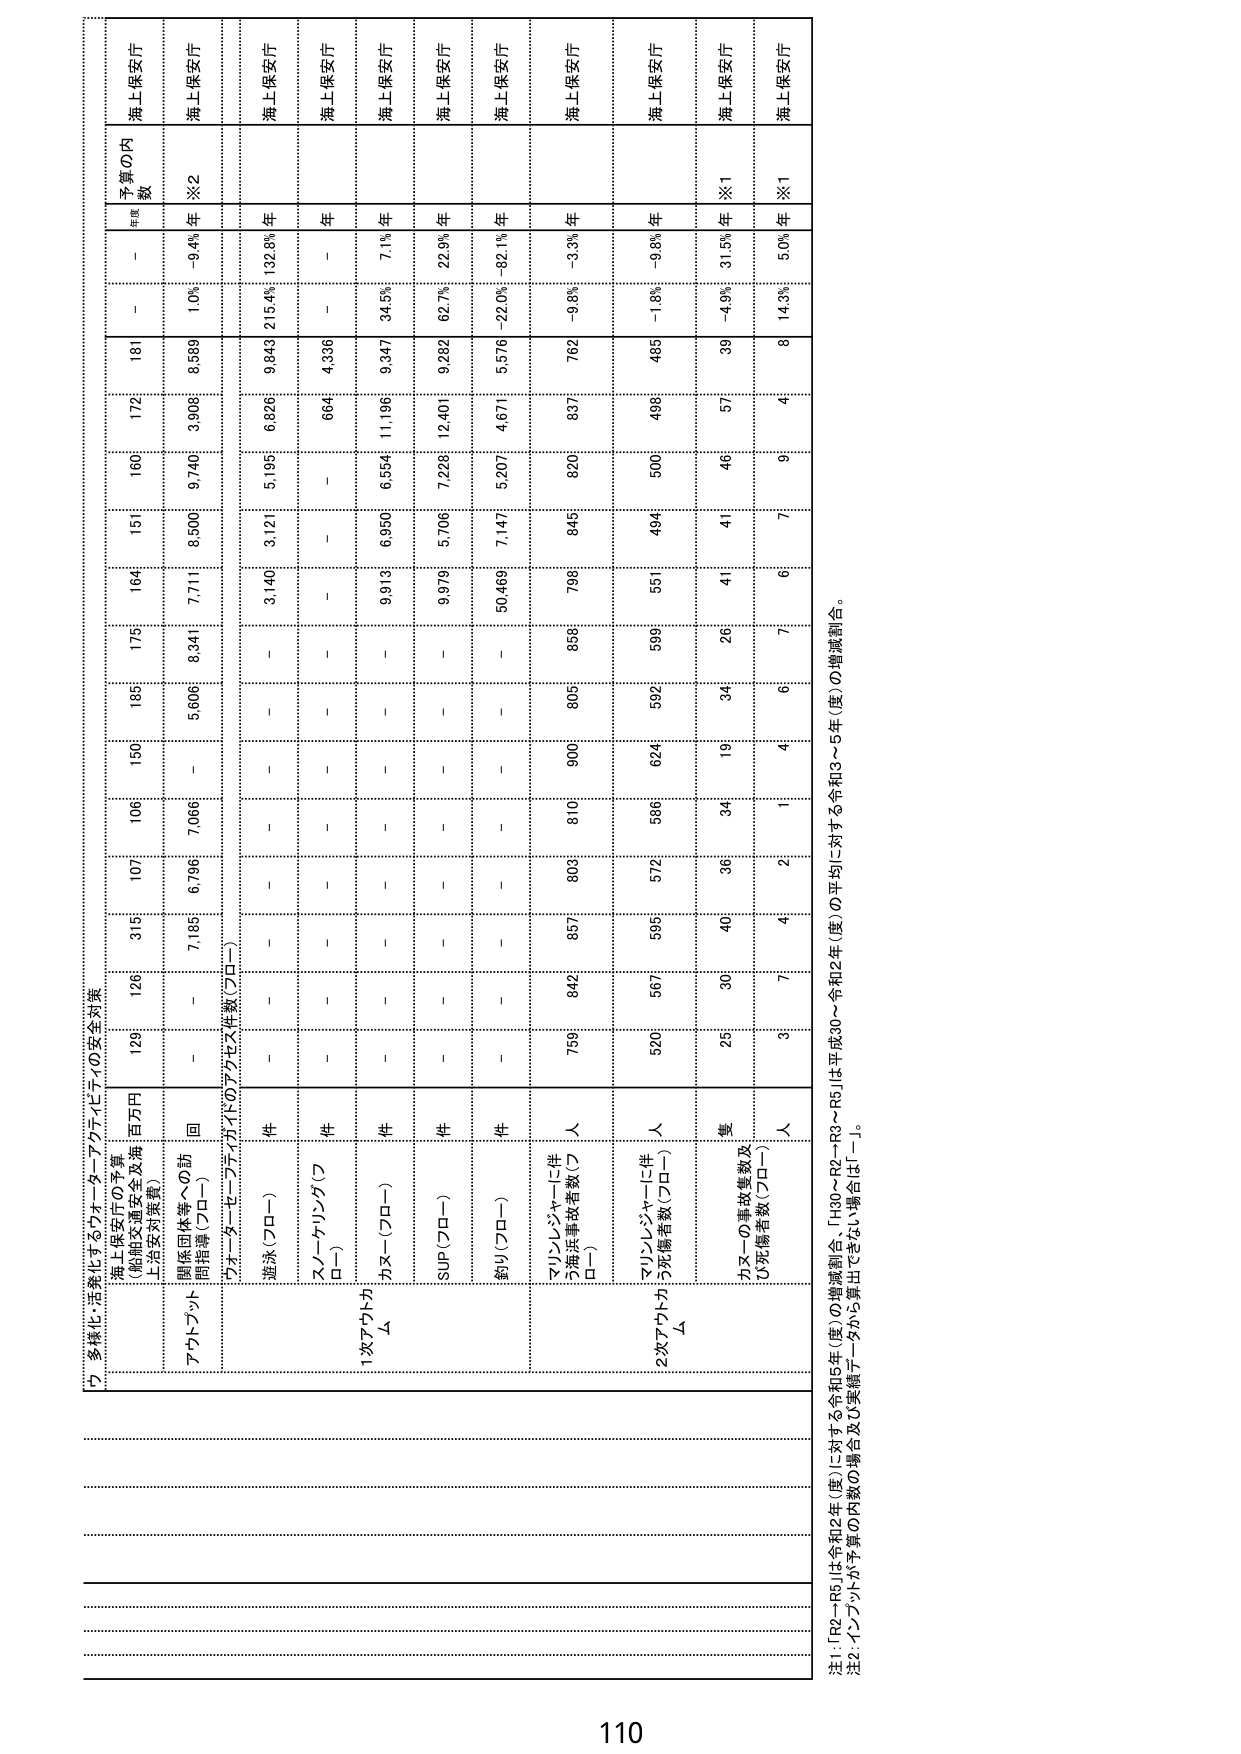
Ｄ．多様化・活発化するウォーターフロントピアの安全対策

海上保安庁の予算
（船舶交通安全及海上治安対策費） 百万円
126 315 107 106 150 185 175 164 151 160 172 181 － － 海上保安庁

関係団体等への訪問指導（プロー） 回
－ 7,186 6,796 7,066 － 5,606 8,341 7,711 8,500 9,740 3,908 8,589 1.0% －9.4% 海上保安庁

ウォーターセーフティガイドのアクティビティ件数（プロー）
遊泳（プロー） 件
－ － － － － － － 3,140 3,121 5,195 6,826 9,843 215.4% 132.8% 海上保安庁

スノーケリング（プロー） 件
－ － － － － － － － － － 664 4,336 － － 海上保安庁

カヌー（プロー） 件
－ － － － － － － 9,919 6,950 6,554 11,196 9,347 34.5% 7.1% 海上保安庁

SUP（プロー） 件
－ － － － － － － 9,979 5,706 7,226 12,401 9,292 62.7% 22.9% 海上保安庁

釣り（プロー） 件
－ － － － － － － 50,469 7,147 5,207 4,671 5,576 －22.0% －82.1% 海上保安庁

1次アクティビティ
アシレンジャーに伴う死傷者数（プロー） 人
759 842 857 803 810 900 805 858 796 845 820 837 762 －9.8% －3.3% 海上保安庁

2次アクティビティ
アシレンジャーに伴う死傷者数（プロー） 人
520 567 595 572 586 624 592 589 551 494 500 498 485 －1.8% －9.8% 海上保安庁

カヌーの事故件数及び死傷者数（プロー） 人
25 30 40 36 34 19 34 26 41 46 57 39 －4.9% 31.5% 海上保安庁

注1：R2～R5は令和2年（度）に対する令和5年（度）の増減割合、「H30～R2→R3～R5」は平成30～令和2年（度）の平均に対する令和3～5年（度）の増減割合。
注2：インプットが予算の内数の場合及び実績データから算出できない場合は「－」。

110